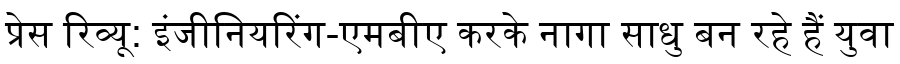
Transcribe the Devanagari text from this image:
प्रेस रिव्यू: इंजीनियरिंग-एमबीए करके नागा साधु बन रहे हैं युवा